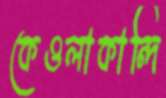
কেওলাকান্দি